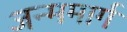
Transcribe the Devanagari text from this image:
जन्ममार्ग